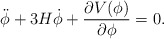
\begin{align*}\ddot\phi+3H\dot\phi+{\partial V(\phi)\over\partial\phi}=0.\end{align*}